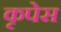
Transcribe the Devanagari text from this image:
कृपेस